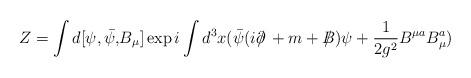
LaTeX: \begin{align*}Z = \int d[\psi, \bar{\psi,}B_{\mu}]\exp i \int d^{3}x(\bar{\psi}(i\partial\!\!\!/\, + m + B\!\!\!\!/\,)\psi +\frac{1}{2g^{2}} B^{\mu a} B^{a}_{\mu}) \end{align*}